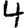
Digit: 4